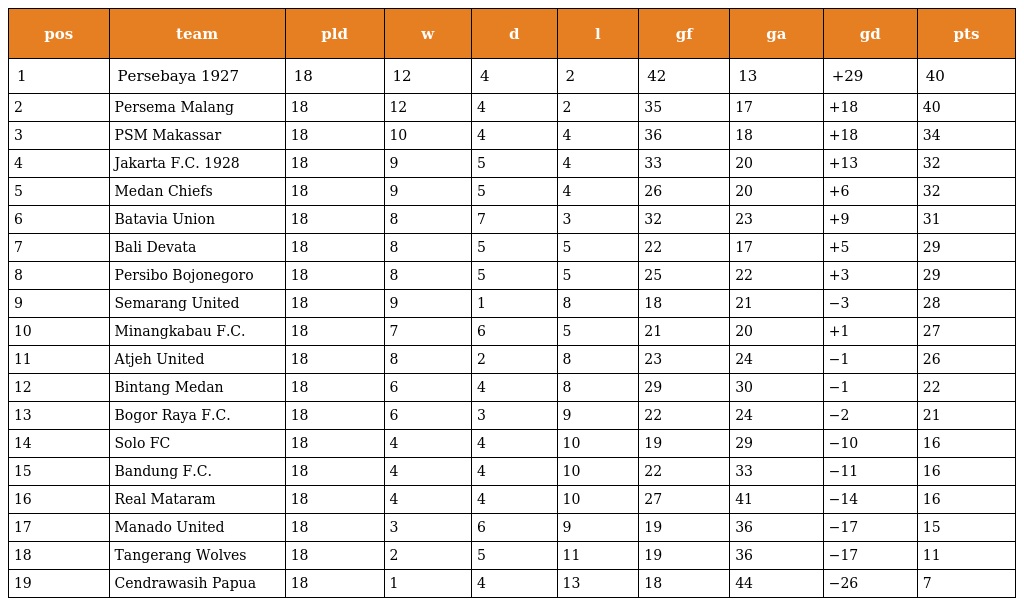
| pos | team | pld | w | d | l | gf | ga | gd | pts |
 | --- | --- | --- | --- | --- | --- | --- | --- | --- | --- |
 | 1 | Persebaya 1927 | 18 | 12 | 4 | 2 | 42 | 13 | +29 | 40 |
 | 2 | Persema Malang | 18 | 12 | 4 | 2 | 35 | 17 | +18 | 40 |
 | 3 | PSM Makassar | 18 | 10 | 4 | 4 | 36 | 18 | +18 | 34 |
 | 4 | Jakarta F.C. 1928 | 18 | 9 | 5 | 4 | 33 | 20 | +13 | 32 |
 | 5 | Medan Chiefs | 18 | 9 | 5 | 4 | 26 | 20 | +6 | 32 |
 | 6 | Batavia Union | 18 | 8 | 7 | 3 | 32 | 23 | +9 | 31 |
 | 7 | Bali Devata | 18 | 8 | 5 | 5 | 22 | 17 | +5 | 29 |
 | 8 | Persibo Bojonegoro | 18 | 8 | 5 | 5 | 25 | 22 | +3 | 29 |
 | 9 | Semarang United | 18 | 9 | 1 | 8 | 18 | 21 | −3 | 28 |
 | 10 | Minangkabau F.C. | 18 | 7 | 6 | 5 | 21 | 20 | +1 | 27 |
 | 11 | Atjeh United | 18 | 8 | 2 | 8 | 23 | 24 | −1 | 26 |
 | 12 | Bintang Medan | 18 | 6 | 4 | 8 | 29 | 30 | −1 | 22 |
 | 13 | Bogor Raya F.C. | 18 | 6 | 3 | 9 | 22 | 24 | −2 | 21 |
 | 14 | Solo FC | 18 | 4 | 4 | 10 | 19 | 29 | −10 | 16 |
 | 15 | Bandung F.C. | 18 | 4 | 4 | 10 | 22 | 33 | −11 | 16 |
 | 16 | Real Mataram | 18 | 4 | 4 | 10 | 27 | 41 | −14 | 16 |
 | 17 | Manado United | 18 | 3 | 6 | 9 | 19 | 36 | −17 | 15 |
 | 18 | Tangerang Wolves | 18 | 2 | 5 | 11 | 19 | 36 | −17 | 11 |
 | 19 | Cendrawasih Papua | 18 | 1 | 4 | 13 | 18 | 44 | −26 | 7 |